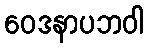
ဝေဒနာပဘဝါ